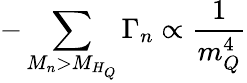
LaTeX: -\sum_{M_{n}>M_{H_{Q}}}\Gamma_{n}\propto\frac{1}{m_{Q}^{4}}